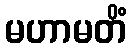
မဟာမတိံ